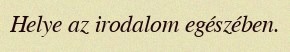
Helye az irodalom egészében.